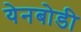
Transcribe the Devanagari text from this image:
येनबोडी